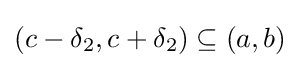
(c-\delta _{2},c+\delta _{2})\subseteq (a,b)